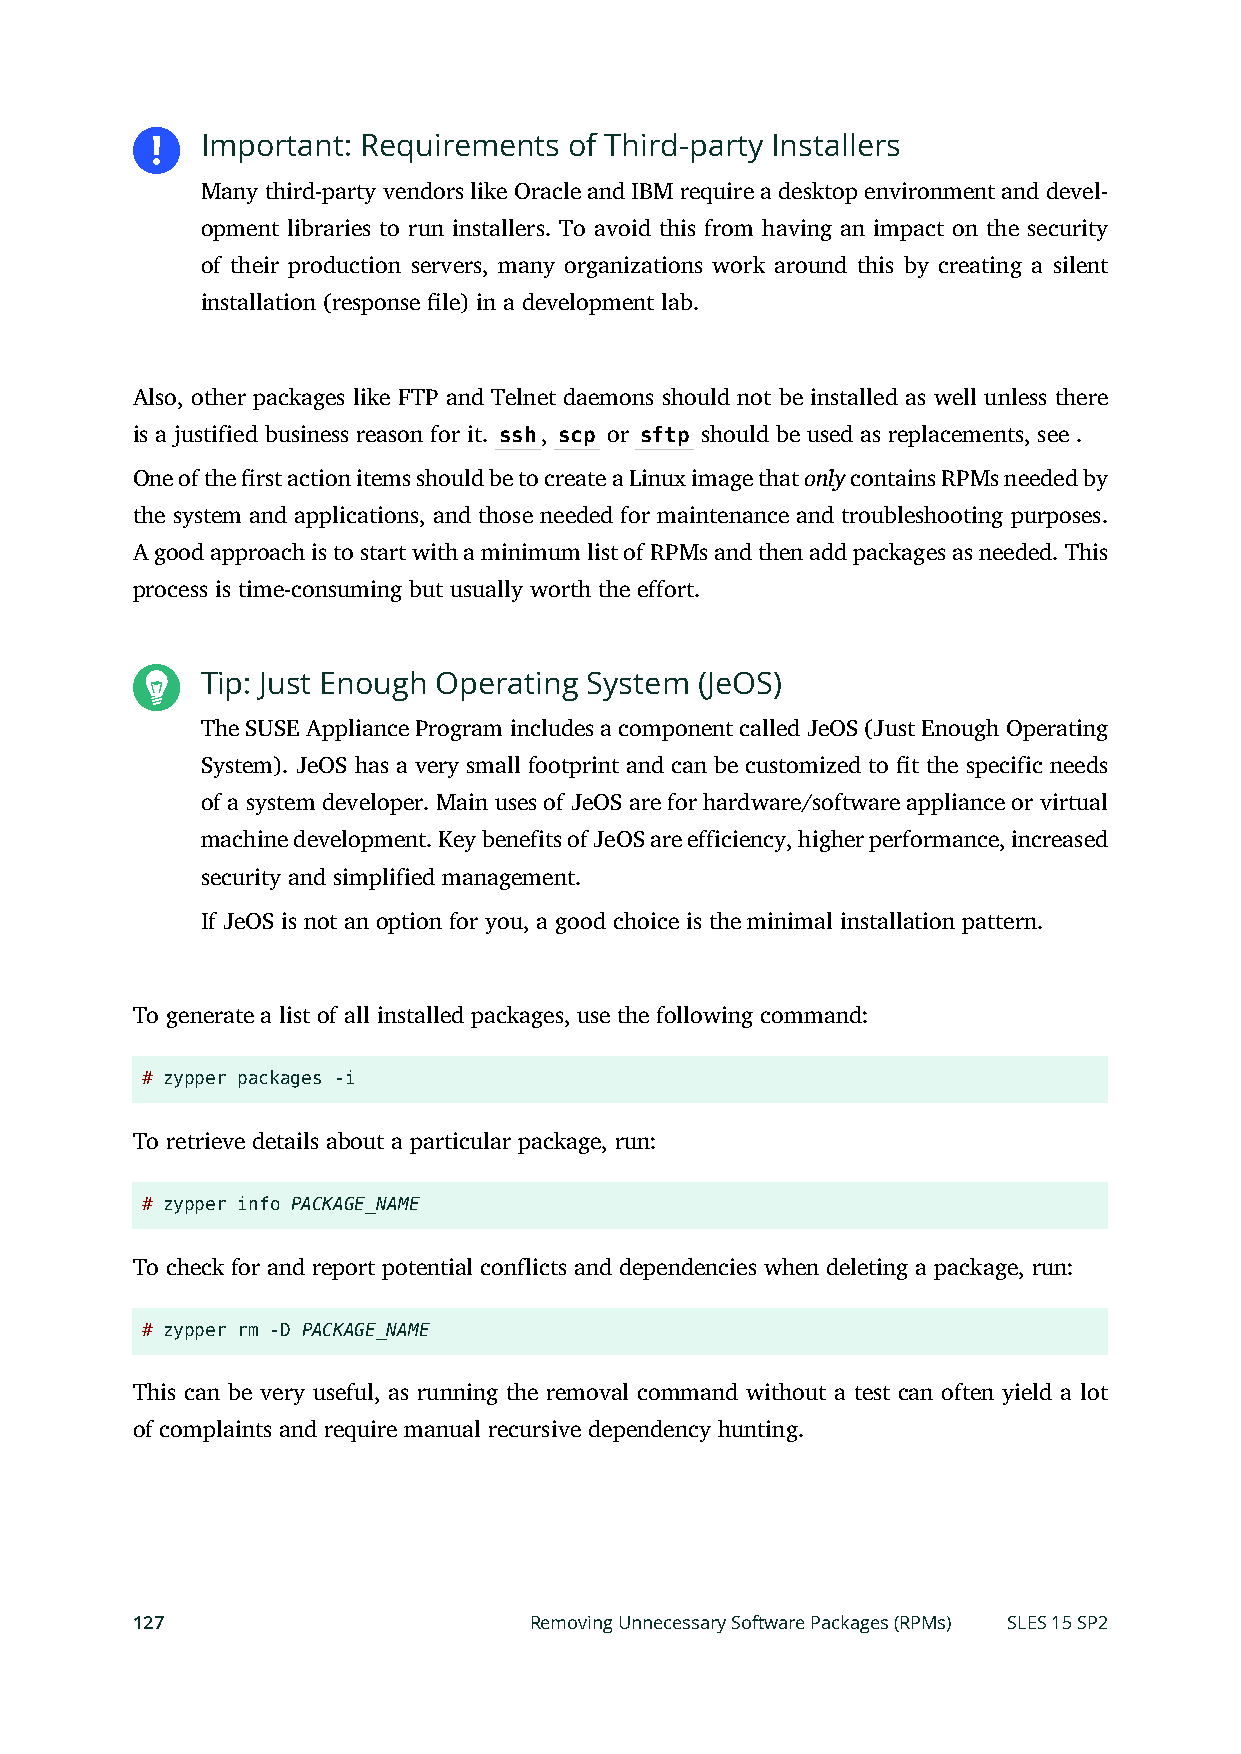
Important: Requirements  of Third-party Installers
 Many third-party vendors like Oracle and IBM require a desktop environment and devel-
 opment libraries to run installers. To avoid this from having an impact on the security
 of their production servers, many organizations work around this by creating a silent
 installation (response le) in a development lab.
 Also, other packages like FTP and Telnet daemons should not be installed as well unless there
 is a justified business reason for it. ssh, scp or sftp should be used as replacements, see .
 One of the rst action items should be to create a Linux image that only contains RPMs needed by
 the system and applications, and those needed for maintenance and troubleshooting purposes.
 A good approach is to start with a minimum list of RPMs and then add packages as needed. This
 process is time-consuming but usually worth the effort.
 Tip: Just Enough Operating System (JeOS)
 The SUSE Appliance Program includes a component called JeOS (Just Enough Operating
 System). JeOS has a very small footprint and can be customized to t the specific needs
 of a system developer. Main uses of JeOS are for hardware/software appliance or virtual
 machine development. Key benefits of JeOS are efficiency, higher performance, increased
 security and simplified management.
 If JeOS is not an option for you, a good choice is the minimal installation pattern.
 To generate a list of all installed packages, use the following command:
 # zypper packages -i
 To retrieve details about a particular package, run:
 # zypper info PACKAGE_NAME
 To check for and report potential conflicts and dependencies when deleting a package, run:
 # zypper rm -D PACKAGE_NAME
 This can be very useful, as running the removal command without a test can often yield a lot
 of complaints and require manual recursive dependency hunting.
 127                       Removing Unnecessary Software Packages (RPMs) SLES 15 SP2